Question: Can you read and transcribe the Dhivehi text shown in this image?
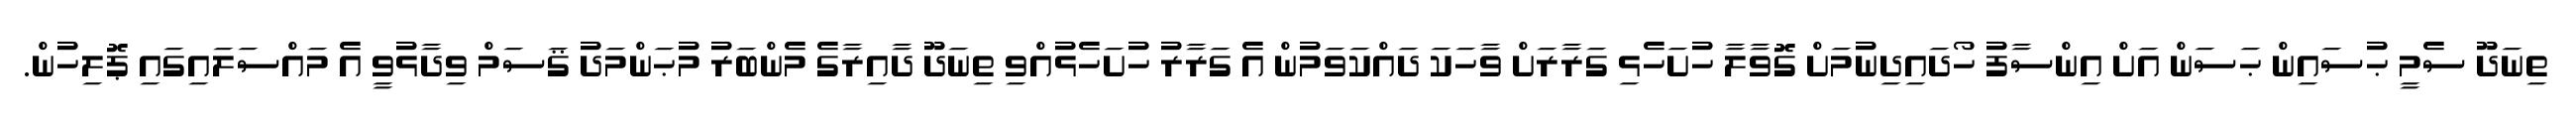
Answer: ތިނަދޫ ސެމީ ޙުސައިން ޙަސަން އަށް އިންސާފު ހޯދައިދިނުމަށް ގޮވާލާ ހުށަހެޅި ގަރާރަށް ވާހަކަ ދައްކަވަމުން އެ ގަރާރު ހުށަހެޅުއްވި ތިނަދޫ ދާއިރާގެ މެންބަރު މުޙަންމަދު ޤަސަމް ވިދާޅުވީ އެ މައްސަލައިގައި ޕޮލިހުން.